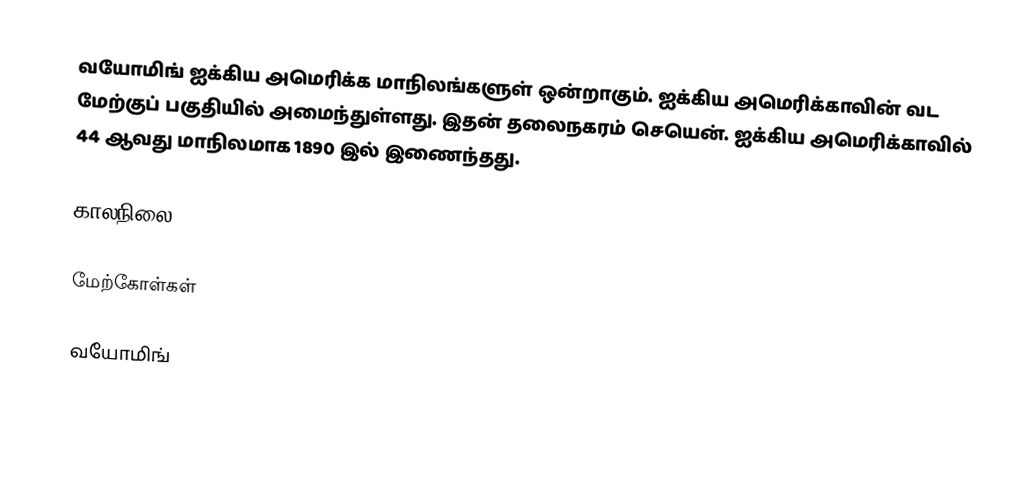
வயோமிங் ஐக்கிய அமெரிக்க மாநிலங்களுள் ஒன்றாகும். ஐக்கிய அமெரிக்காவின் வட மேற்குப் பகுதியில் அமைந்துள்ளது. இதன் தலைநகரம் செயென். ஐக்கிய அமெரிக்காவில் 44 ஆவது மாநிலமாக 1890 இல் இணைந்தது.

காலநிலை

மேற்கோள்கள்

வயோமிங்